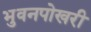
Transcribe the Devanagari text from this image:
भुवनपोखरी